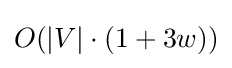
O(|V|\cdot (1+3w))